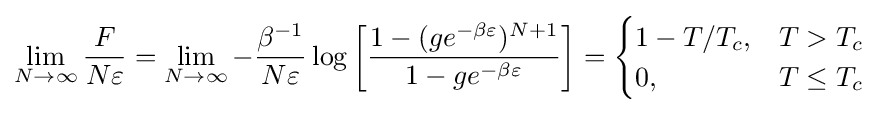
\lim _{N\rightarrow \infty }{\frac {F}{N\varepsilon }}=\lim _{N\rightarrow \infty }-{\frac {\beta ^{-1}}{N\varepsilon }}\log \left[{\frac {1-(ge^{-\beta \varepsilon })^{N+1}}{1-ge^{-\beta \varepsilon }}}\right]={\begin{cases}1-T/T_{c},&T>T_{c}\\0,&T\leq T_{c}\end{cases}}